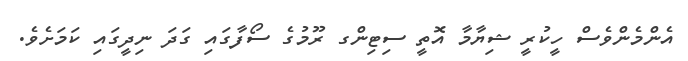
އެންމެންވެސް ހީކުރީ ޝިޔާމާ އޮތީ ސިޓިންގ ރޫމުގެ ސޯފާގައި ގަދަ ނިދީގައި ކަމަށެވެ.